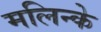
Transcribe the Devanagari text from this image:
मलिन्के